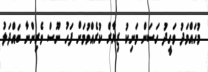
މުހައްމަދު ވަހީދު ހަސަން މަނިކު ޒިޔާރް ކުރެއްވުމަށް ފަހު ނޫސް ވެރިންނާ ބައްދަލު